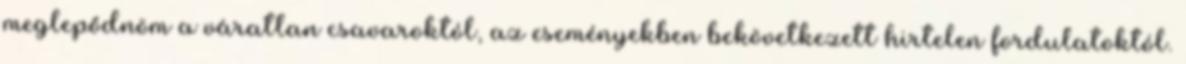
meglepődnöm a váratlan csavaroktól, az eseményekben bekövetkezett hirtelen fordulatoktól.